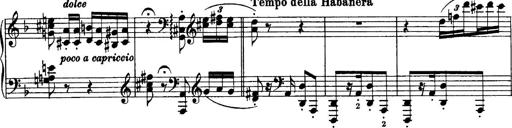
Title: Sonatina No.6
Composer: Ferruccio Busoni